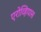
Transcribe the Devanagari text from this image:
एरोव्हियास